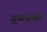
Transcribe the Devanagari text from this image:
गु़ळपोळी